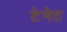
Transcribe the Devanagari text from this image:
टेनेट